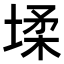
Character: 𭏋